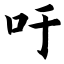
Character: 吁